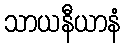
သာယနီယာနံ